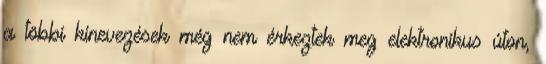
a többi kinevezések még nem érkeztek meg elektronikus úton,